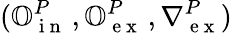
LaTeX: (\mathbb{O}_{\mathrm{~i~n~}}^{P}\, ,\mathbb{O}_{\mathrm{~e~x~}}^{P}\, ,\nabla{}_{\mathrm{~e~x~}}^{P})